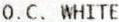
O.C. WHITE